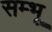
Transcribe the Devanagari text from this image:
सम्भू